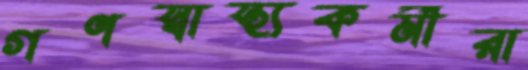
গণস্বাস্থ্যকর্মীরা